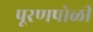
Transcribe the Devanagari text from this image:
पूरणपोळी